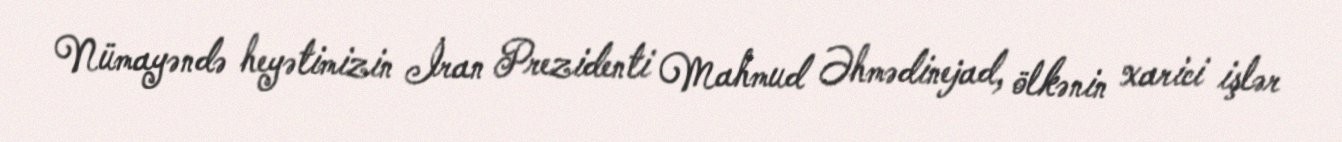
Nümayəndə heyətimizin İran Prezidenti Mahmud Əhmədinejad, ölkənin xarici işlər